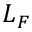
L _ { F }